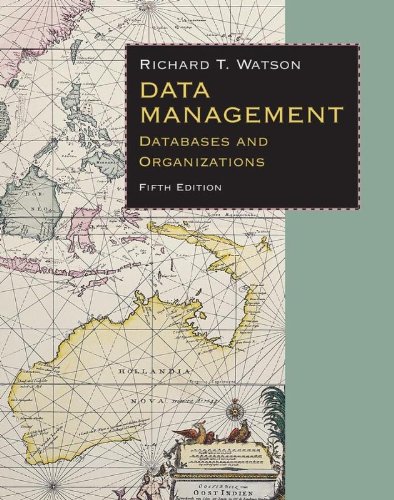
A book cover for Data Management: Databases & Organizations; Richard T. Watson; Computers & Technology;